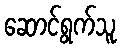
ဆောင်ရွက်သူ